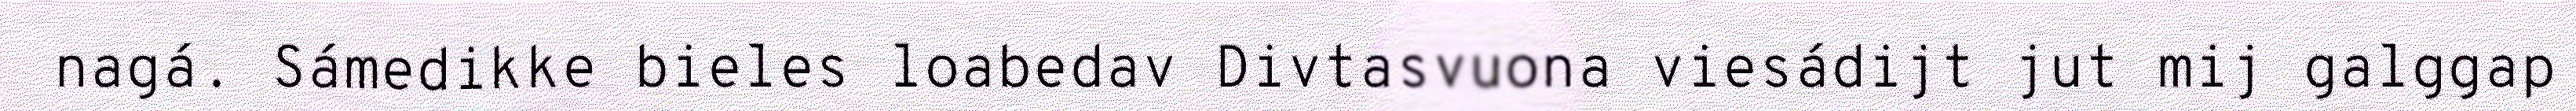
nagá. Sámedikke bieles loabedav Divtasvuona viesádijt jut mij galggap